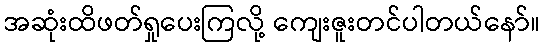
အဆုံးထိဖတ်ရှုပေးကြလို့ ကျေးဇူးတင်ပါတယ်နော်။